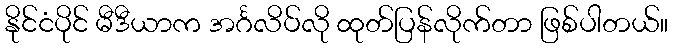
နိုင်ငံပိုင် မီဒီယာက အင်္ဂလိပ်လို ထုတ်ပြန်လိုက်တာ ဖြစ်ပါတယ်။